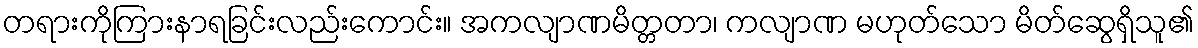
တရားကိုကြားနာရခြင်းလည်းကောင်း။ အကလျာဏမိတ္တတာ၊ ကလျာဏ မဟုတ်သော မိတ်ဆွေရှိသူ၏